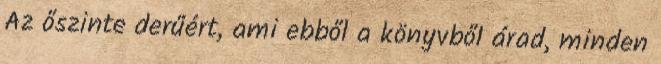
Az őszinte derűért, ami ebből a könyvből árad, minden